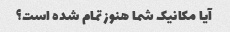
آیا مکانیک شما هنوز تمام شده است؟